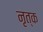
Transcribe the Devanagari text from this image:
नृत्क